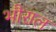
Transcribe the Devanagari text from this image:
भौराल